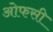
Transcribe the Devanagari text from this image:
ओफसी